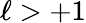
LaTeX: \ell>+1